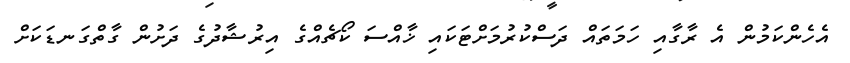
އެހެންކަމުން އެ ރާގާއި ހަމަތައް ދަސްކުރުމަށްޓަކައި ޚާއްސަ ކޯޗެއްގެ އިރުޝާދުގެ ދަށުން ގާތްގަނޑަކަށް